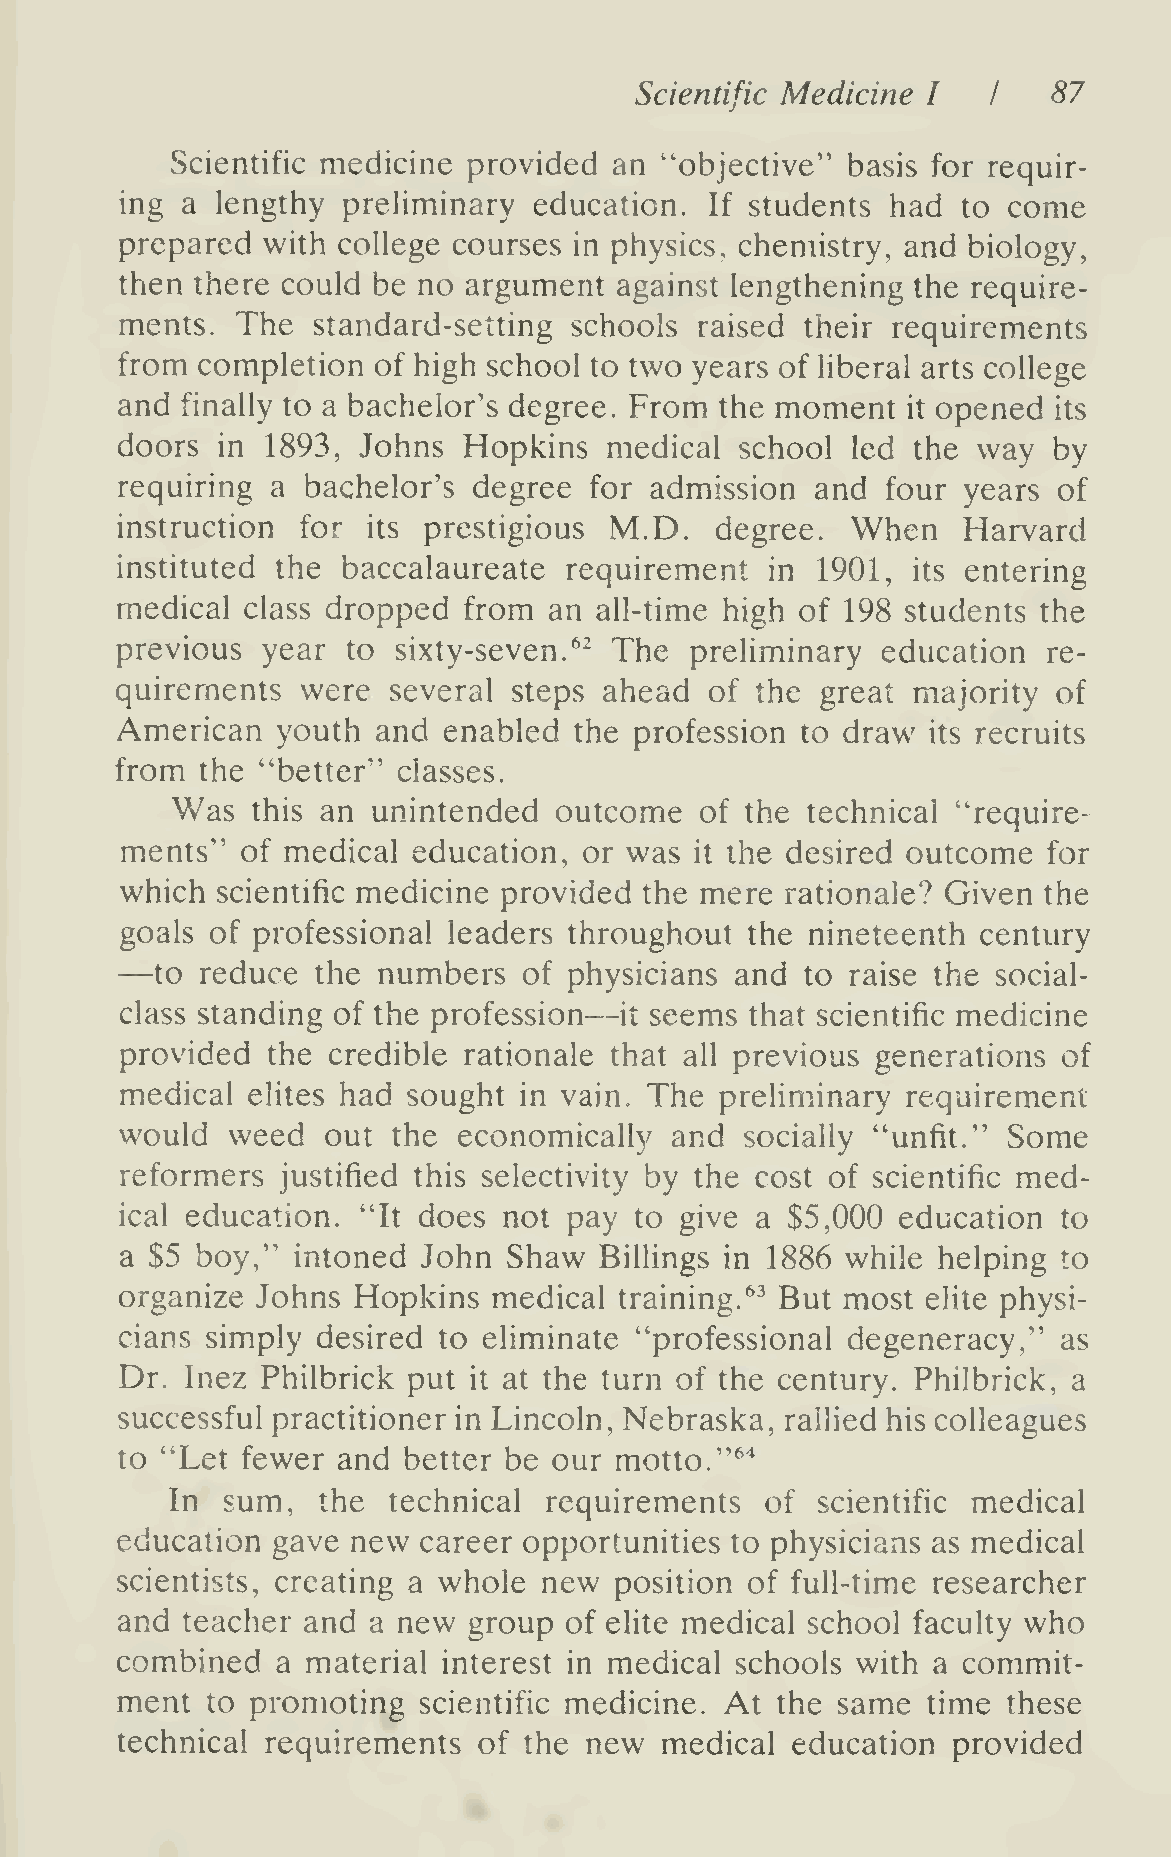
Scientific Medicine I   I   87
 Scientific medicine provided  an "objective" basis for requir-
 ing a lengthy  preliminary education.  If students had  to come
 prepared with college courses in physics, chemistry, and biology,
 then there could be no argument  against lengthening the require-
 ments.  The  standard-setting schools raised their requirements
 from completion  of high school to two years of liberal arts college
 and finally to a bachelor's degree. From the moment   opened
 it        its
 doors in  1893, Johns  Hopkins  medical  school led the  way  by
 requiring a bachelor's degree  for admission  and  four years of
 instruction for its prestigious M.D.   degree.  When    Harvard
 instituted the baccalaureate requirement   in 1901, its entering
 medical class dropped  from an all-time high of 198 students the
 previous year  to sixty-seven.^^ The  preliminary education  re-
 quirements  were  several steps ahead  of the great majority  of
 American  youth  and enabled  the profession to draw  its recruits
 from the "better" classes.
 Was   this an unintended  outcome  of the technical "require-
 ments"  of medical education,  or was it the desired outcome for
 which scientific medicine provided the mere rationale? Given the
 goals of professional leaders throughout the  nineteenth century
 —
 to reduce  the numbers   of physicians and to raise the social-
 class standing of the profession— it seems that scientific medicine
 provided  the credible rationale that all previous generations of
 medical elites had sought in vain. The  preHminary  requirement
 would  weed   out the economically  and  socially "unfit." Some
 reformers  justified this selectivity by the cost of scientific med-
 ical education. "It does not  pay to give a $5,000  education to
 a $5 boy," intoned  John  Shaw  Billings in 1886 while helping to
 organize Johns Hopkins   medical training." But most elite physi-
 cians simply desired to eliminate "professional degeneracy,"  as
 Dr. Inez Philbrick put it at the turn of the century. Philbrick, a
 successful practitioner in Lincoln, Nebraska, rallied his colleagues
 to "Let fewer and  better be our motto. '"^^
 In  sum,  the  technical requirements   of scientific medical
 education gave new  career opportunities to physicians as medical
 scientists, creating a whole new position of full-time researcher
 and teacher and a new  group of elite medical school faculty who
 combined  a material interest in medical schools with a commit-
 ment  to promoting  scientific medicine. At the same time  these
 technical requirements  of the new  medical education  provided